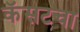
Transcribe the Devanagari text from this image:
कॅसटचा